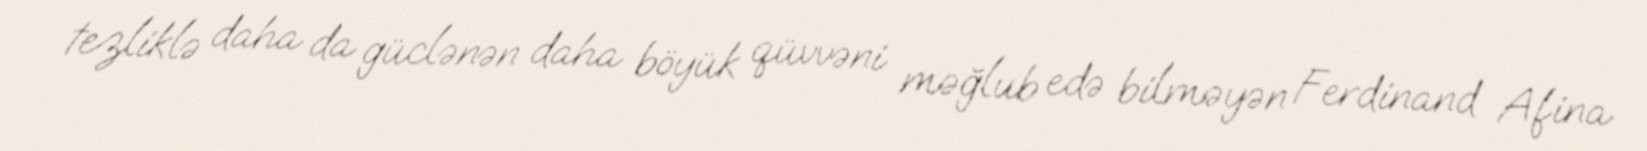
tezliklə daha da güclənən daha böyük qüvvəni məğlub edə bilməyən Ferdinand Afina